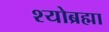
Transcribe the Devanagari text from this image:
श्योब्रह्मा